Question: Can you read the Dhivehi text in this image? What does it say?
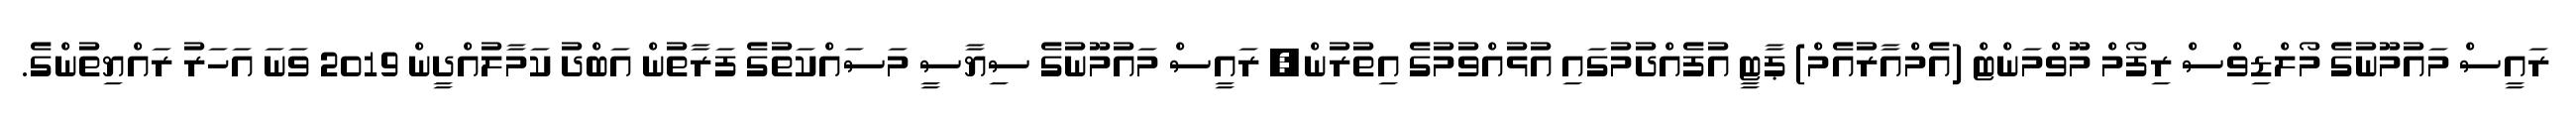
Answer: ރައީސް މައުމޫނުގެ މޯލްޑިވްސް ރިފޯމް މޫވްމަންޓް (އެމްއާރުއެމް) ޕާޓީ އުފެއްދުމުގައި އުޅުއްވުމުގެ އިތުރުން, ރައީސް މައުމޫނުގެ ސިޔާސީ މަސައްކަތުގެ ފަރާތުން އަބްދު ކަމާލުއްދީން 2019 ވަނަ އަހަރު ރައްޔިތުންގެ.